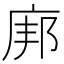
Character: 𫷪